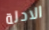
الادلة